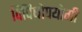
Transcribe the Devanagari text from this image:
विविधोपयोगी